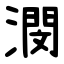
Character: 潣